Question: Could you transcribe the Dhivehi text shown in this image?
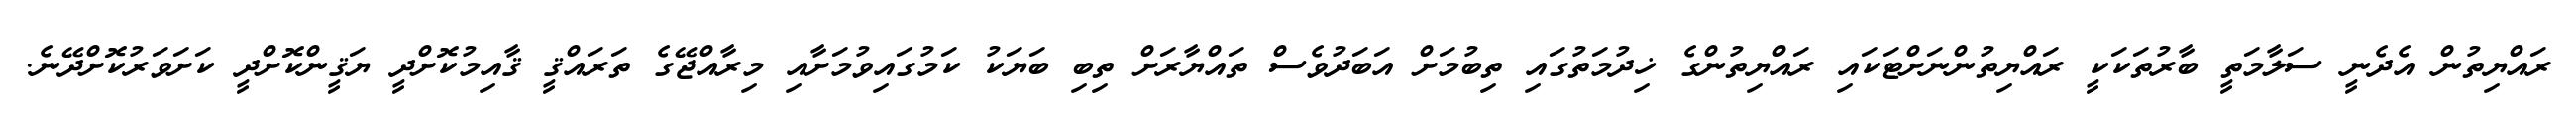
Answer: ރައްޔިތުން އެދެނީ ސަލާމަތީ ބާރުތަކަކީ ރައްޔިތުންނަށްޓަކައި ރައްޔިތުންގެ ޚިދުމަތުގައި ތިބުމަށް އަބަދުވެސް ތައްޔާރަށް ތިބި ބަޔަކު ކަމުގައިވުމަށާއި މިރާއްޖޭގެ ތަރައްޤީ ޤާއިމުކޮށްދީ ޔަޤީންކޮށްދީ ކަށަވަރުކޮށްދޭނެ.